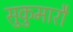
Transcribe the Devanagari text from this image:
सुकुमारौ